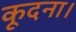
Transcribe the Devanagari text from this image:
कूदना।